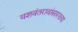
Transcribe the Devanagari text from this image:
यशवंतरावांसारख्या